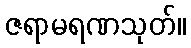
ဇရာမရဏသုတ်။